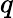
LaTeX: \textit{q}